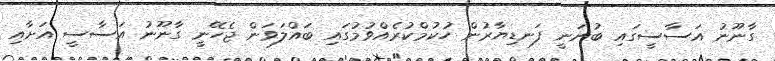
ގާނޫނު އަސާސީގައި ބުނަނީ ފަނޑިޔާރުން ހުކުމްކުރެއްވުމުގައި ބައްލަވަން ޖެހޭނީ ގާނޫނު އަސާސީ އަށާއި